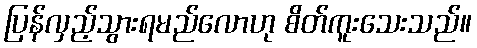
ပြန်လှည့်သွားရမည်လောဟု စိတ်ကူးသေးသည်။